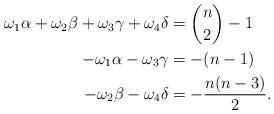
LaTeX: \begin{align*}\begin{aligned}\omega_1 \alpha + \omega_2\beta + \omega_3 \gamma + \omega_4 \delta &= \binom{n}{2}-1\\ -\omega_1 \alpha - \omega_3 \gamma &= -(n-1) \\- \omega_2\beta -\omega_4 \delta &= -\frac{n(n-3)}{2}.\end{aligned}\end{align*}